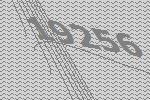
19256